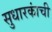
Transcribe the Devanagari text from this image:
सुधारकांची